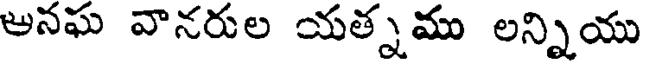
అనఘ వానరుల యత్నము లన్నియు